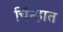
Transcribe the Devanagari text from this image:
चिंन्हात